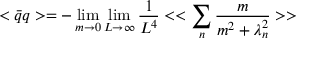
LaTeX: < \bar { q } q > = - \operatorname * { l i m } _ { m \to 0 } \operatorname * { l i m } _ { L \to \infty } \frac { 1 } { L ^ { 4 } } < < \sum _ { n } \frac { m } { m ^ { 2 } + \lambda _ { n } ^ { 2 } } > >